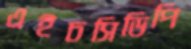
এইচসিডিপি